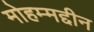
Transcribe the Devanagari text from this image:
मोहम्मद्दीन